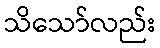
သိသော်လည်း